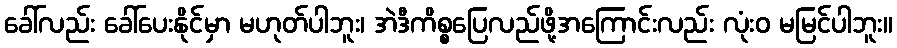
ခေါ်လည်း ခေါ်ပေးနိုင်မှာ မဟုတ်ပါဘူး၊ အဲဒီကိစ္စပြေလည်ဖို့အကြောင်းလည်း လုံးဝ မမြင်ပါဘူး။